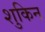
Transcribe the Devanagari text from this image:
शुकिन